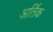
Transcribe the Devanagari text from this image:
अर्तिक